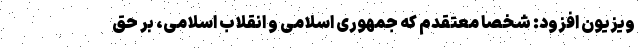
ویزیون افزود: شخصا معتقدم که جمهوری اسلامی و انقلاب اسلامی، بر حق